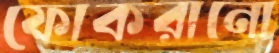
ফোকরানো